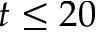
t \leq 2 0